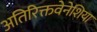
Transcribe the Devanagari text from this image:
अतिरिक्तवेनेशिया